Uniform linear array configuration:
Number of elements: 16
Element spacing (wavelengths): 0.5
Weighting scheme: hann
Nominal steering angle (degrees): -30
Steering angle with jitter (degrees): -31.463
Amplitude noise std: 0.05
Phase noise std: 0.05

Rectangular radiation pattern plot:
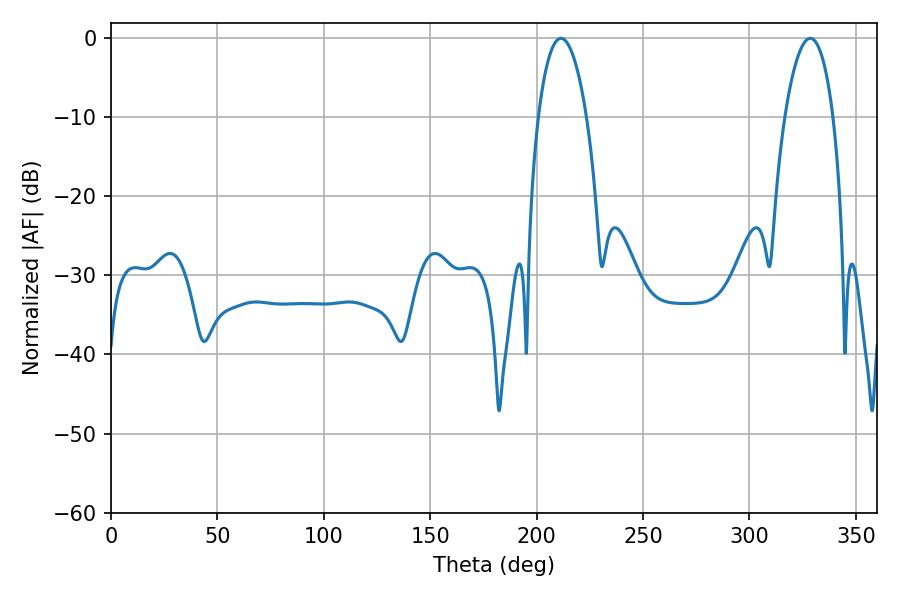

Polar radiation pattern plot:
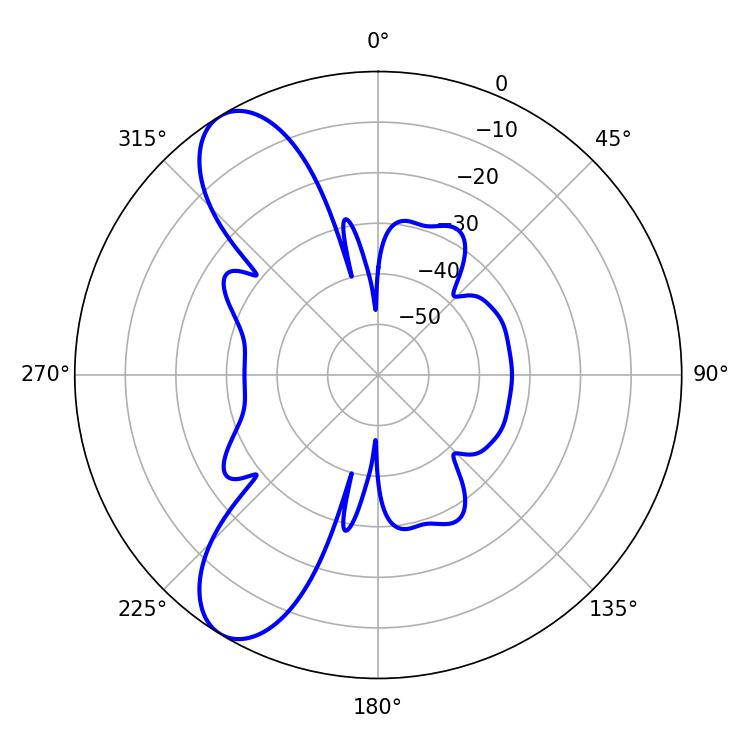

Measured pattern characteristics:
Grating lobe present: FALSE
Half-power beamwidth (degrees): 12.6
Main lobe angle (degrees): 211.5